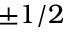
\pm 1 / 2